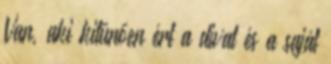
Van, aki kitűnően ért a divat és a saját